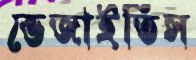
ভেজাইতিস